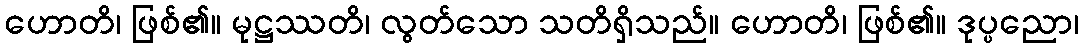
ဟောတိ၊ ဖြစ်၏။ မုဋ္ဌဿတိ၊ လွတ်သော သတိရှိသည်။ ဟောတိ၊ ဖြစ်၏။ ဒုပ္ပညော၊